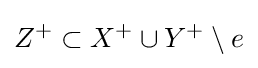
Z^{+}\subset X^{+}\cup Y^{+}\setminus e